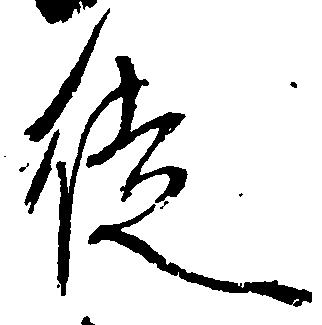
徒